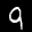
Label: 9